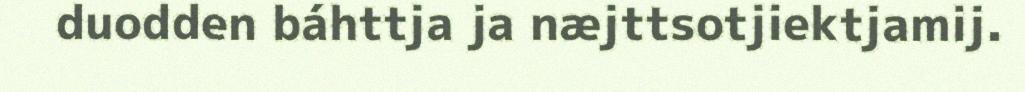
duodden báhttja ja næjttsotjiektjamij.